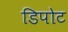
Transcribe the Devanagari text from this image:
डिपोट